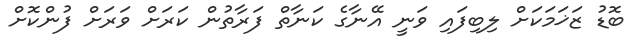
ބޮޑު ޒަޚަމަކަށް ލިބިފައި ވަނީ އޭނާގެ ކަނާތް ފަރާތުން ކަރަށް ވަރަށް ފުންކޮށް